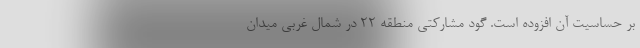
بر حساسیت آن افزوده است. گود مشارکتی منطقه ۲۲ در شمال غربی میدان